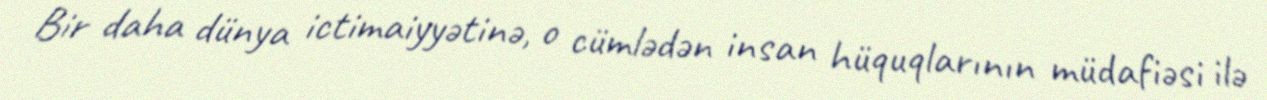
Bir daha dünya ictimaiyyətinə, o cümlədən insan hüquqlarının müdafiəsi ilə